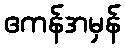
ဧကန်အမှန်